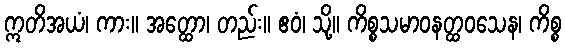
ဣတိအယံ၊ ကား။ အတ္ထော၊ တည်း။ ဧဝံ၊ သို့။ ကိစ္စသမာဝနတ္ထဝသေန၊ ကိစ္စ